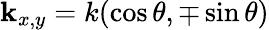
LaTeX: \mathbf{k}_{x,y}=k(\cos\theta,\mp\sin\theta)